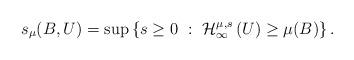
LaTeX: \begin{align*} s_\mu(B,U) =\sup\left\{s\geq 0 \ : \ \mathcal{H}^{\mu,s}_{\infty}\left (U\right)\geq \mu( B)\right\}. \end{align*}